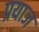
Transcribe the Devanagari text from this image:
प्रयाज